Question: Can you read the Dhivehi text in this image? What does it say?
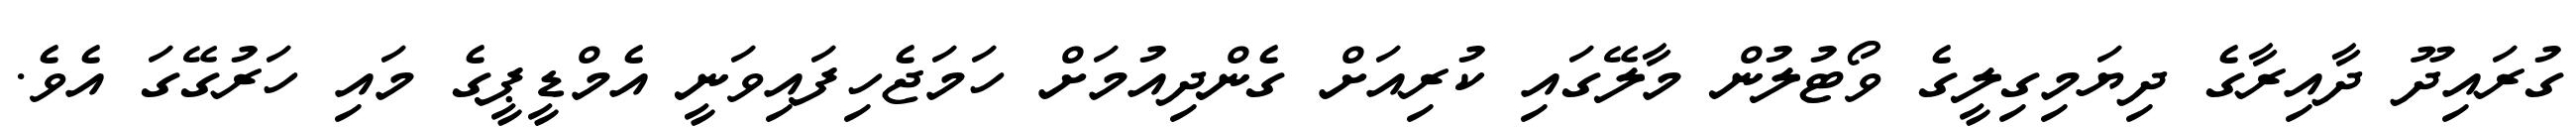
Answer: ގުރައިދޫ ދާއިރާގެ ދިޔަމިގިލީގެ ވޯޓުލުން މާލޭގައި ކުރިއަށް ގެންދިއުމަށް ހަމަޖެހިފައިވަނީ އެމްޑީޕީގެ މައި ހަރުގޭގަ އެވެ.